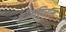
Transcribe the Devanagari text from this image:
श्रीमणिराम